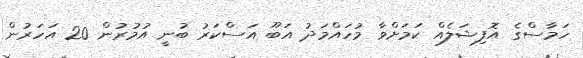
ހަމާސްގެ އޮފިޝަލެއް ކަމަށްވާ މުހައްމަދު އަބޫ އަސްކަރު ބުނީ އުމުރުން 20 އަހަރުން